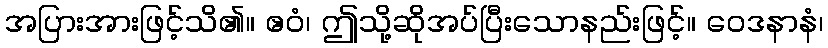
အပြားအားဖြင့်သိ၏။ ဧဝံ၊ ဤသို့ဆိုအပ်ပြီးသောနည်းဖြင့်။ ဝေဒနာနံ၊